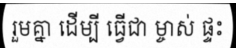
រួមគ្នា ដើម្បី ធ្វើជា ម្ចាស់ ផ្ទះ